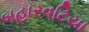
બહારવટિયા